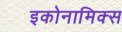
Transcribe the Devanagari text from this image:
इकोनामिक्स